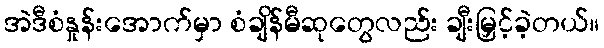
အဲဒီစံနှုန်းအောက်မှာ စံချိန်မီဆုတွေလည်း ချီးမြှင့်ခဲ့တယ်။